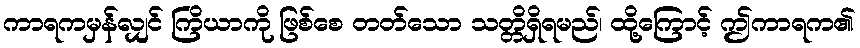
ကာရကမှန်လျှင် ကြိယာကို ဖြစ်စေ တတ်သော သတ္တိရှိရမည်၊ ထို့ကြောင့် ဤကာရက၏